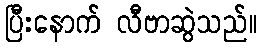
ပြီးနောက် လီဗာဆွဲသည်။